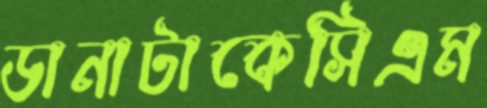
ডানাটাকেসিএম